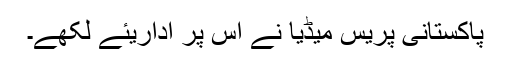
پاکستانی پریس میڈیا نے اس پر اداریئے لکھے۔